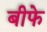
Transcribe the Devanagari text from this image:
बीफे